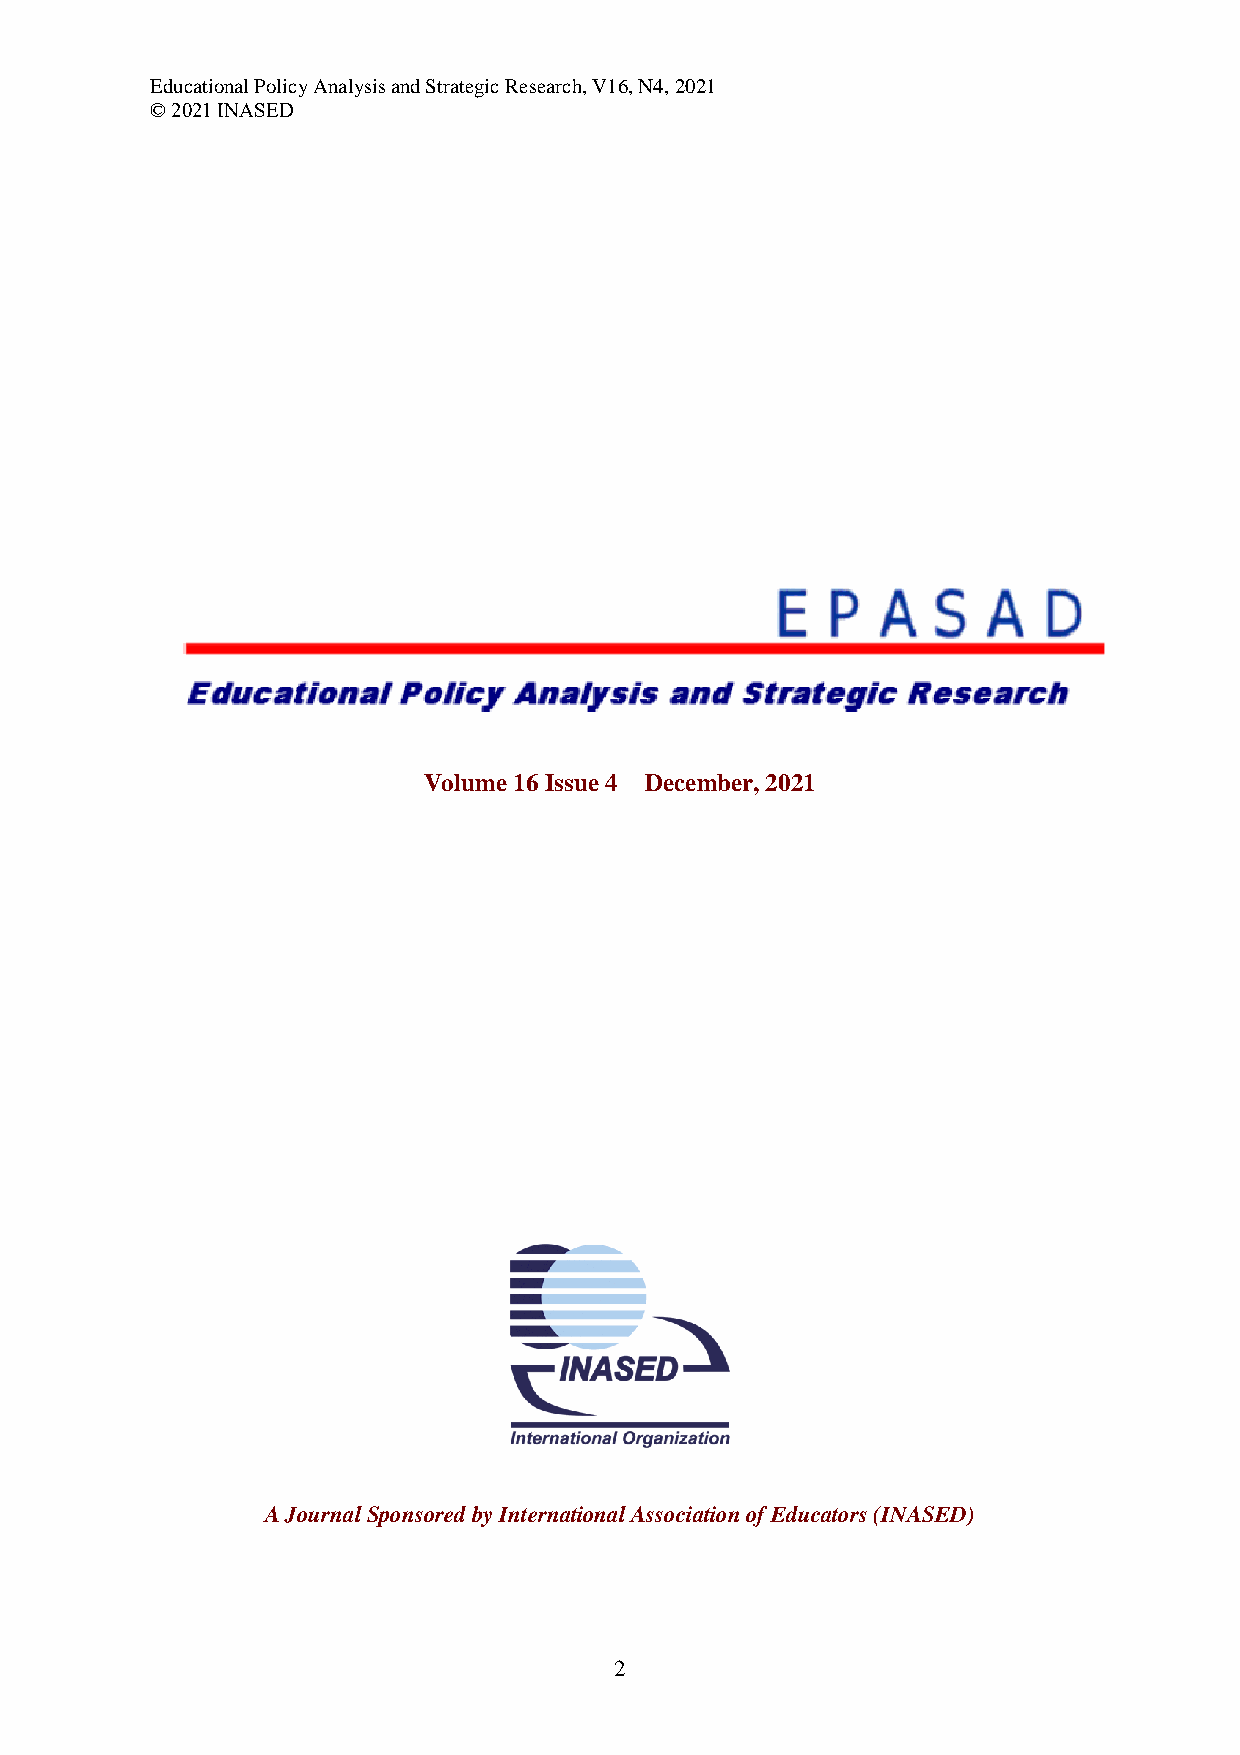
Educational Policy Analysis and Strategic Research, V16, N4, 2021
 © 2021 INASED
 Volume 16 Issue 4 December, 2021
 A Journal Sponsored by International Association of Educators (INASED)
 2